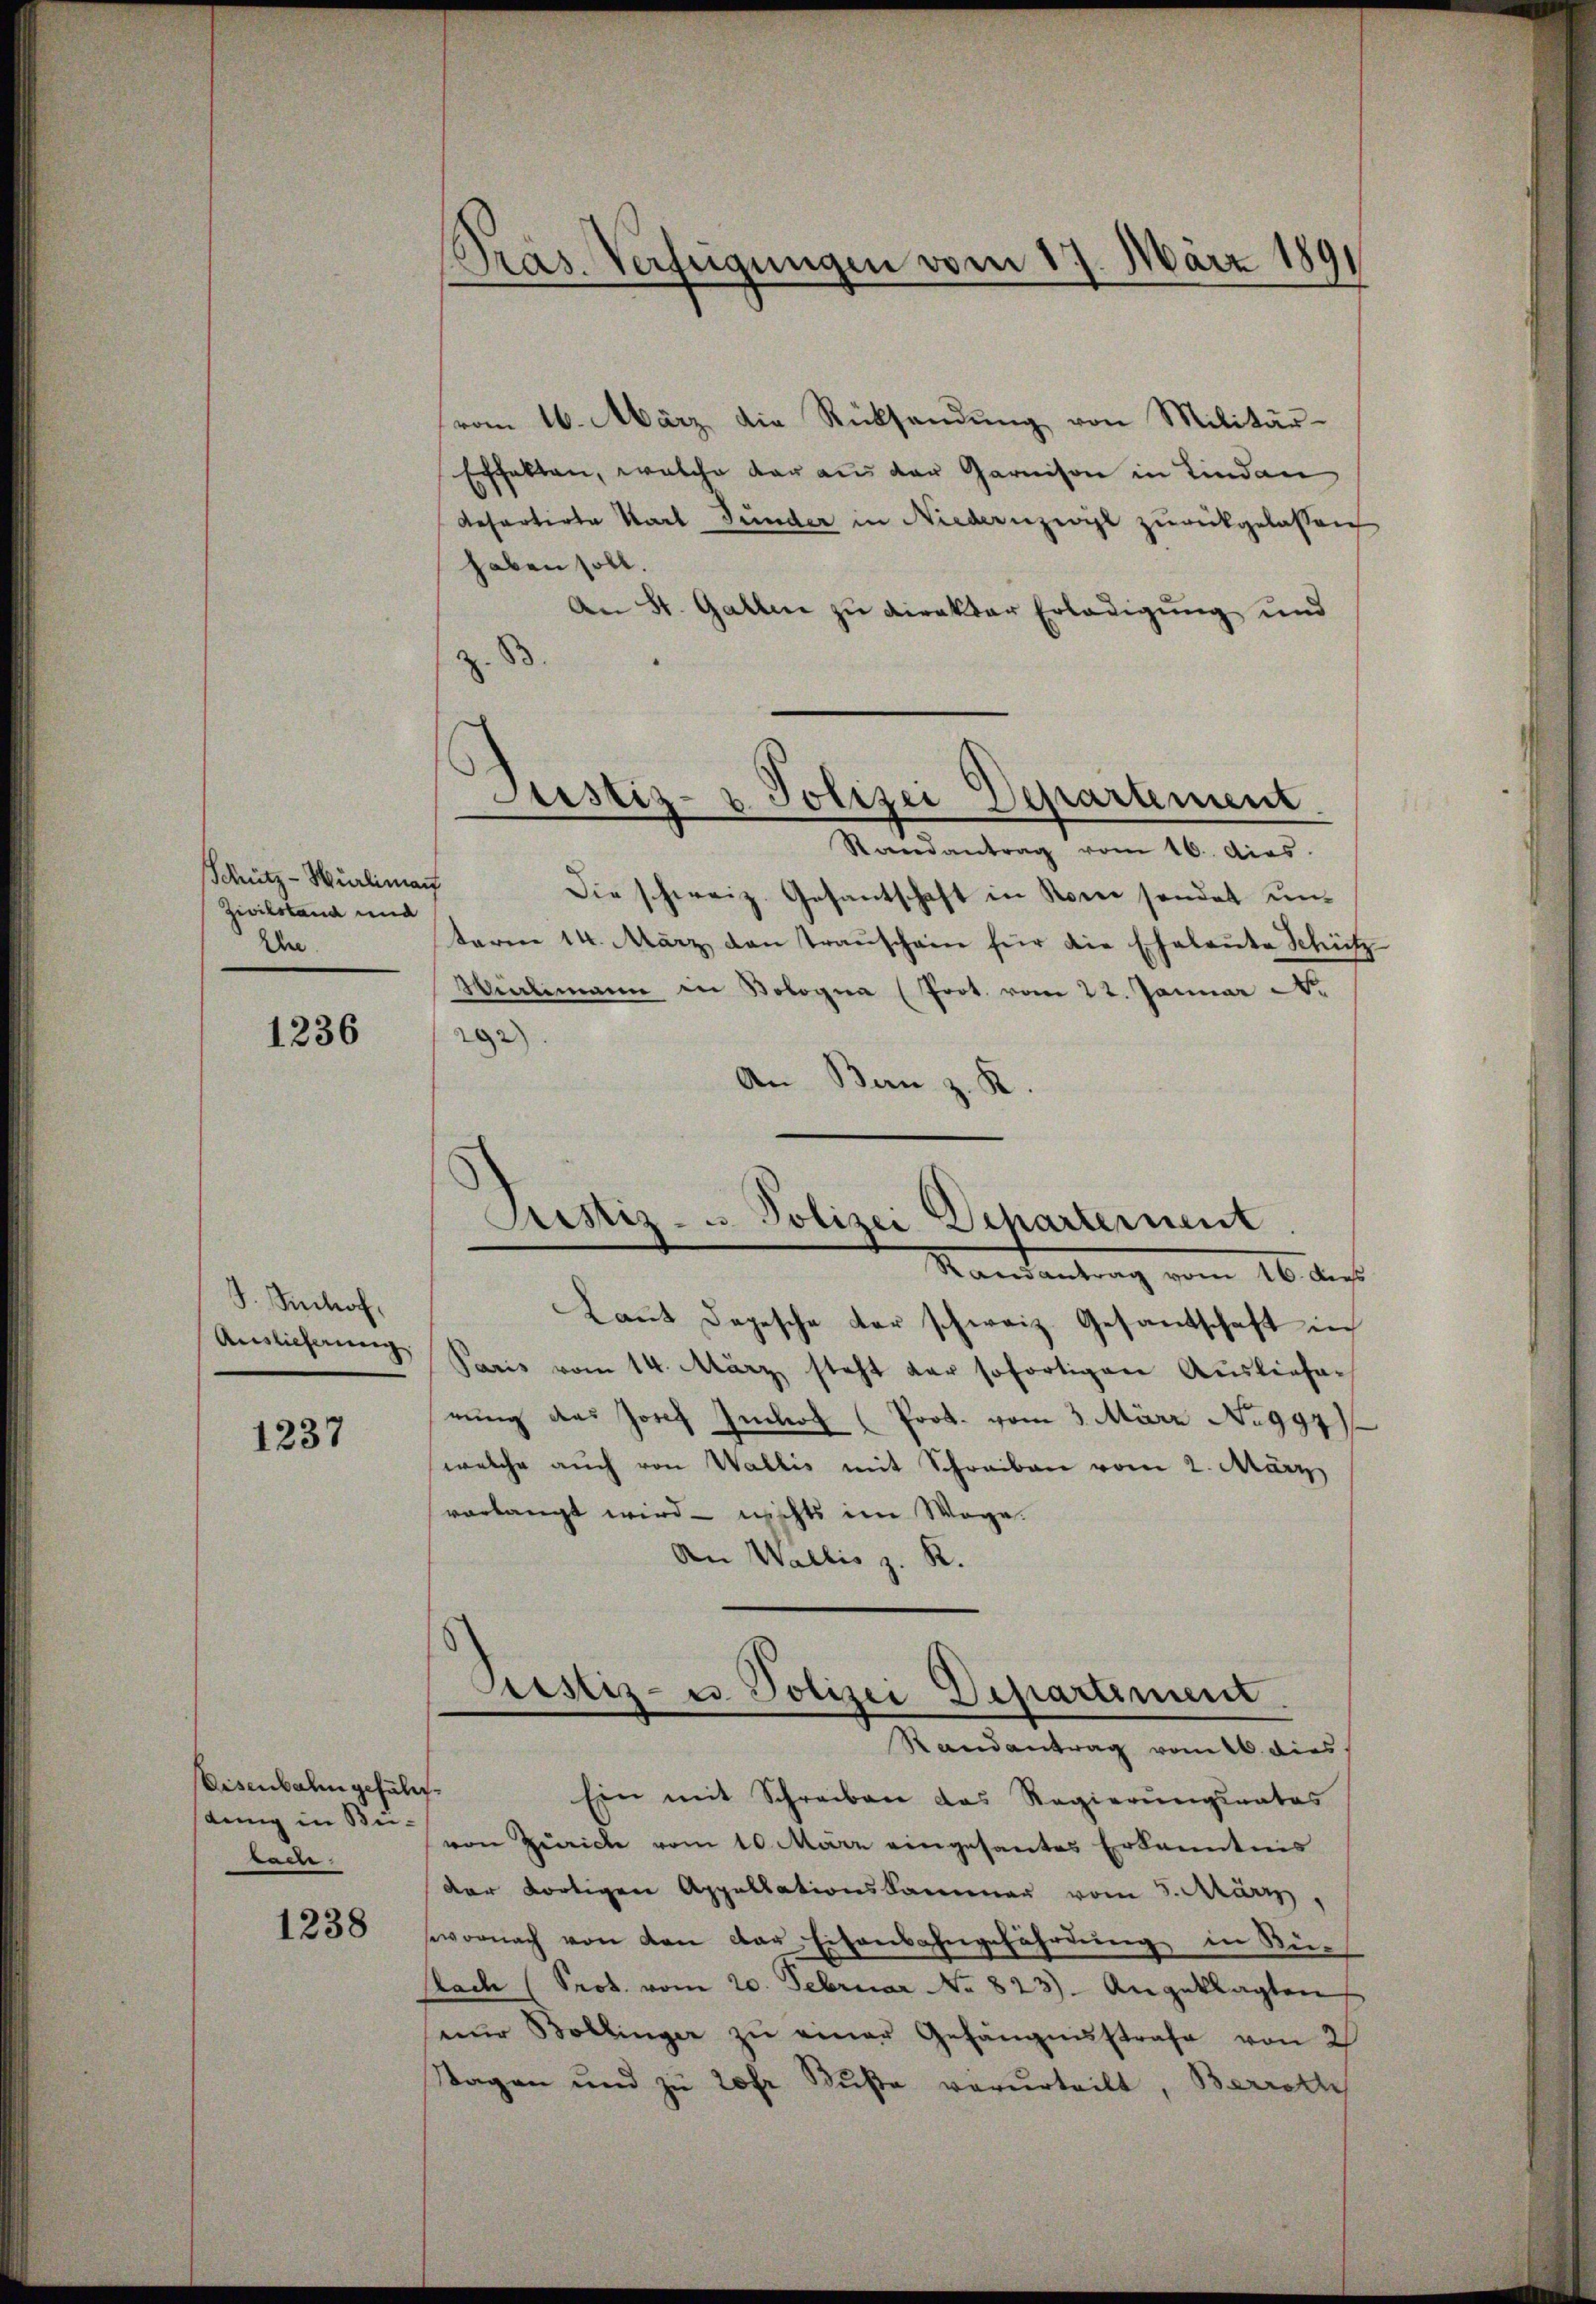
Schütz - Würliman
Zivilstand und
Un

1236

S. Schof
Auslieferung

1237

Eisenbahn gefäll
dung in Bei-
rade

1238

Präs. Verfügungen vom 17. März 1891

z.

vom 16. März die Rücksendŭng von Militär-
Echalten, welche dar aus der Garnison in Kinden
Resartirte Karl Gunder in Niedern zivil zurückgelassen
haben soll.
An St. Gallen zu direktor Erledigung und
3
Randantrag vom 16. dies
Die schweiz. Gesantschaft in Rome sendet unterm 14. März den transchain für die Eheleute Schütz
Wierlimann in Bologna (Prot. vom 22. Januar
22)
An Bern z. R.
Pristiz- u Polizei Departernent
Randantrag vom 16. dies
Laut Depesche der schweiz. Gesantschaft in
Paris vom 14. März steht der sofortigen Auslieferung des Josef Inkol (Prok. vom 3. März No 997
welche auch von Wallis mit Schreiben vom 2. März
vorlangt wird - nichts im Wege.
An Wallis z. R.

Justiz- & Polizei Departement.

Ein mit Schreiben das Regierŭngsrates
von Zürich vom 10. März eingesantes Erkanntnis
der dortigen Appellationskammer vom 3. März,
owornach von den dar-Eisenbahngefährdung in Kin
slade (Prot. vom 20. Februar No. 823). Angeklagten
eŭer Bollinger zŭ einer Gefängnisstrafe von 2
Stagen und zu 20fr Bŭβe verurteilt, Berrath

Justiz- u Polizei Departement
Randantrag vom 26. dies